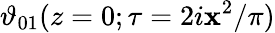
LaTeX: \vartheta_{01}(z=0;\tau=2i\mathbf{x}^{2}/\pi)